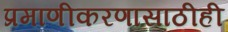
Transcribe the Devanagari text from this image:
प्रमाणीकरणासाठीही